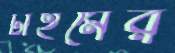
টাইমের